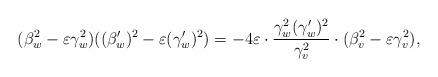
LaTeX: \begin{align*} (\beta_w^2-\varepsilon\gamma_w^2)((\beta_w')^2-\varepsilon(\gamma_w')^2) = -4\varepsilon \cdot \frac{\gamma_w^2(\gamma_w')^2}{\gamma_v^2} \cdot (\beta_v^2-\varepsilon\gamma_v^2),\end{align*}